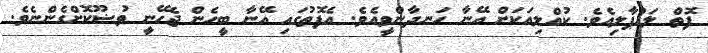
ފޮތް ލައްޕާލިއެވެ. ކުއްލިއަކަށް އޭނާ ހަނދާންވީއެވެ. އެފޮތުގައި އޭނާ ބީހެން ޖެހޭނީ ވުޟޫކޮށްގެންނެވެ.